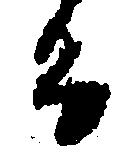
る